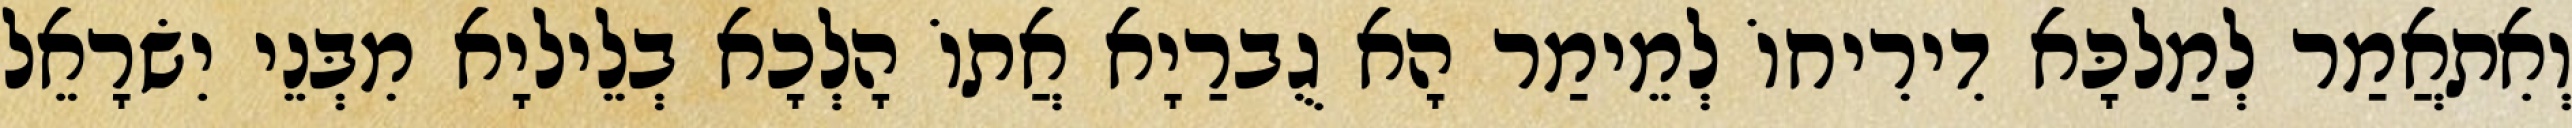
וְאִתאֲמַר לְמַלכָּא דִירִיחוֹ לְמֵימַר הָא גֻברַיָא אֲתוֹ הָלְכָא בְלֵיליָא מִבְּנֵי יִשׂרָאֵל